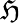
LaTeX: \mathfrak{H}